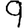
Digit: 9